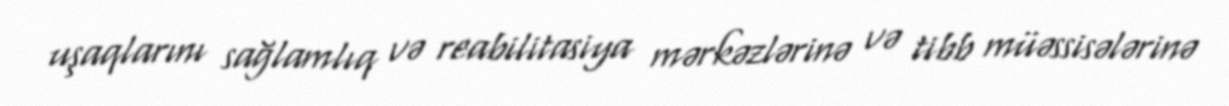
uşaqlarını sağlamlıq və reabilitasiya mərkəzlərinə və tibb müəssisələrinə